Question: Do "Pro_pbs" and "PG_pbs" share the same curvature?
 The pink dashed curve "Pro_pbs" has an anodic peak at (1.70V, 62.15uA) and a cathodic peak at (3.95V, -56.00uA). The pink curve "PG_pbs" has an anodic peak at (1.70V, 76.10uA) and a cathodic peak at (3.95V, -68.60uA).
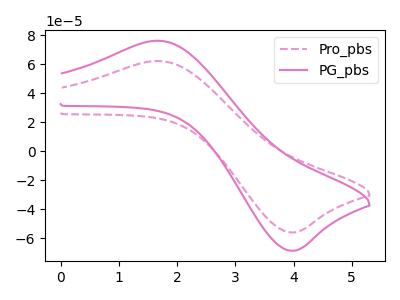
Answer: <think>All the peaks in "Pro_pbs" have a peak in "PG_pbs" at the same potential. Every peak in "Pro_pbs" is lower than every peak in "PG_pbs".
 </think>
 <answer>"Pro_pbs" and "PG_pbs" are similar in shape.</answer>
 <eval>same_shape</eval>